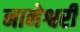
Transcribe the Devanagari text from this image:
नानेश्वरी